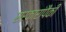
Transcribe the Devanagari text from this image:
सरकारांपैकी